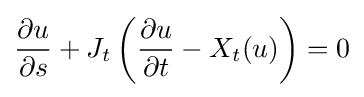
{\frac {\partial u}{\partial s}}+J_{t}\left({\frac {\partial u}{\partial t}}-X_{t}(u)\right)=0